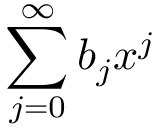
\sum _ { j = 0 } ^ { \infty } b _ { j } x ^ { j }